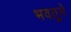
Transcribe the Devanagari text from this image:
भवतुमे